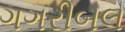
ગગરીબલ